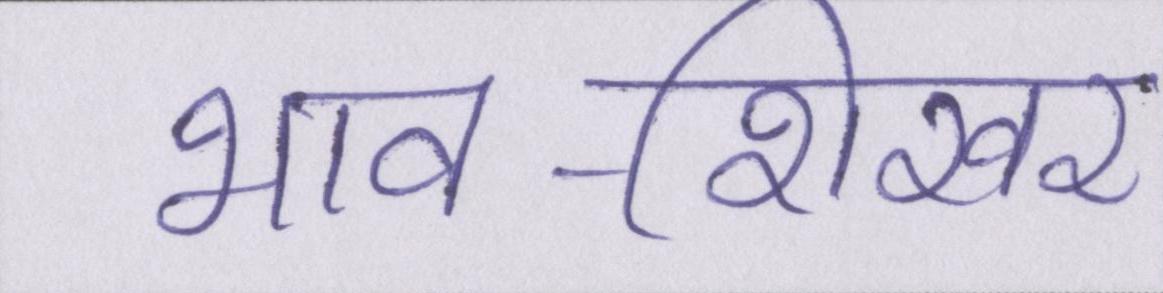
भाव-शिखर